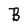
Character: B